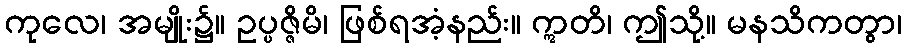
ကုလေ၊ အမျိုး၌။ ဥပ္ပဇ္ဇိမိ၊ ဖြစ်ရအံ့နည်း။ ဣတိ၊ ဤသို့။ မနသိကတွာ၊